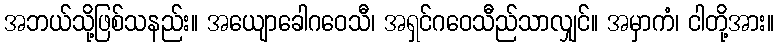
အဘယ်သို့ဖြစ်သနည်း။ အယျောခေါဂဝေသီ၊ အရှင်ဂဝေသီည်သာလျှင်။ အမှာကံ၊ ငါတို့အား။